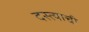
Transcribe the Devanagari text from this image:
दस्त्याची